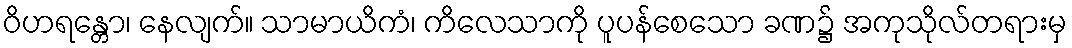
ဝိဟရန္တော၊ နေလျက်။ သာမာယိကံ၊ ကိလေသာကို ပူပန်စေသော ခဏ၌ အကုသိုလ်တရားမှ